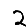
Digit: 2